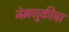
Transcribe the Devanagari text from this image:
नेमणुकीचा